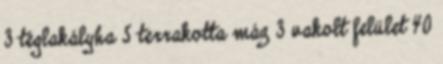
3 téglakályha 5 terrakotta máz 3 vakolt felület 40